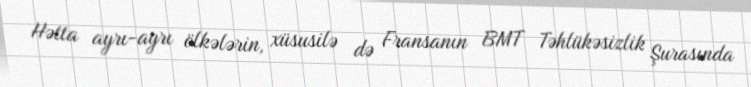
Hətta ayrı-ayrı ölkələrin, xüsusilə də Fransanın BMT Təhlükəsizlik Şurasında